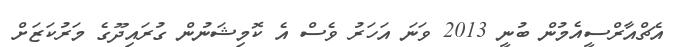
އެޗްއާރްސީއެމުން ބުނީ 2013 ވަނަ އަހަރު ވެސް އެ ކޮމިޝަނުން ގުރައިދޫގެ މަރުކަޒަށް